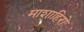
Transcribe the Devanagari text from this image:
माशाहिरो